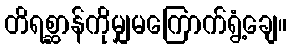
တိရစ္ဆာန်ကိုမျှမကြောက်ရွံ့ချေ။